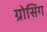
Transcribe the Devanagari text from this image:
ग्रोसिंग